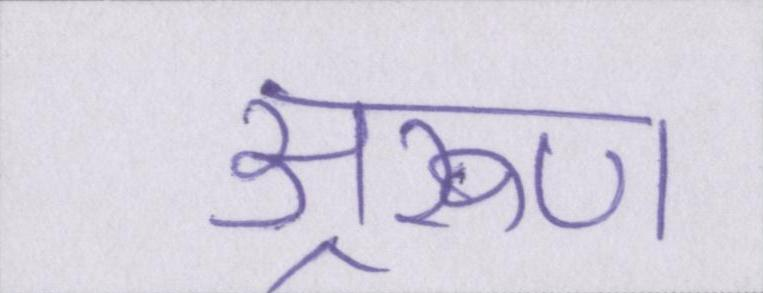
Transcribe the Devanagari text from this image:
अ्ररूण